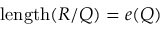
\operatorname { l e n g t h } ( R / Q ) = e ( Q )